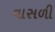
વાસળી